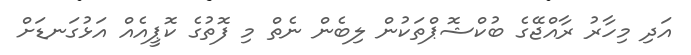
އަދި މިހާރު ރާއްޖޭގެ ބުކްޝޮޕްތަކުން ލިބެން ނެތް މި ފޮތުގެ ކޮޕީއެއް އަޅުގަނޑަށް